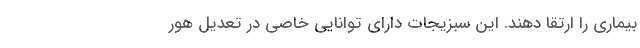
بیماری را ارتقا دهند. این سبزیجات دارای توانایی خاصی در تعدیل هور